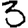
Digit: 3